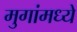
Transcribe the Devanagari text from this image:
मुगांमध्ये